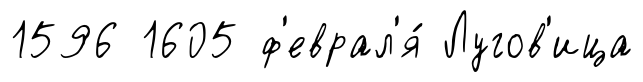
1596 1605 ф'еврал'я́ Лугов'ица